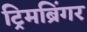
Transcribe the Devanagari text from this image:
ट्रिमब्रिंगर